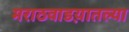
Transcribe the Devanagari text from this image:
मराठवाडय़ातल्या